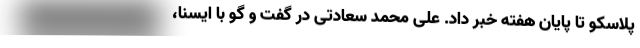
پلاسکو تا پایان هفته خبر داد. علی محمد سعادتی در گفت و گو با ایسنا،